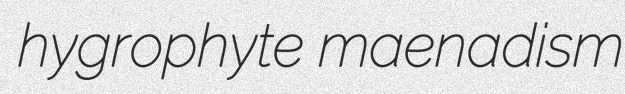
hygrophyte maenadism